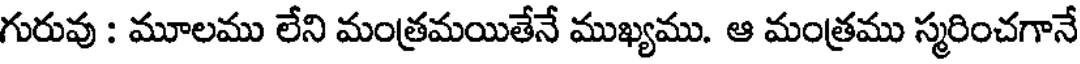
గురువు : మూలము లేని మంత్రమయితేనే ముఖ్యము. ఆ మంత్రము స్మరించగానే